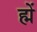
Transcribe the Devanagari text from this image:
ह्में